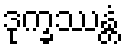
ဒုက္ခဿန္တံ